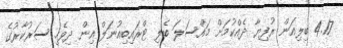
4.17 ބިލިއަން ރުފިޔާ ދެއްކުމަށް މައްސަލަ ބެލި ޓްރައިބިއުނަލް އިން ދިވެހި ސަރުކާރުގެ